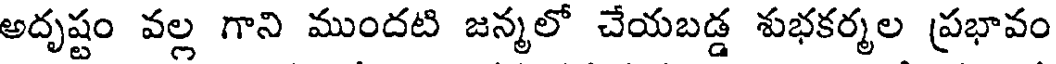
అదృష్టం వల్ల గాని ముందటి జన్మలో చేయబడ్డ శుభకర్మల ప్రభావం